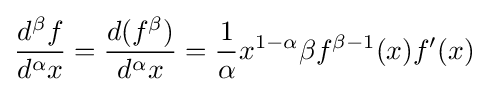
{d^{\beta }f \over d^{\alpha }x}={d(f^{\beta }) \over d^{\alpha }x}={1 \over \alpha }x^{1-\alpha }\beta f^{\beta -1}(x)f'(x)